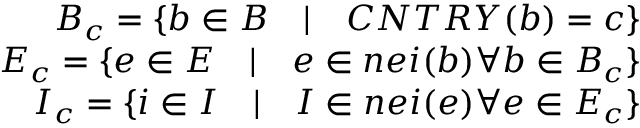
\begin{array} { r } { B _ { c } = \{ b \in B \quad | \quad C N T R Y ( b ) = c \} } \\ { \ E _ { c } = \{ e \in E \quad | \quad e \in n e i ( b ) \forall b \in B _ { c } \} } \\ { \ I _ { c } = \{ i \in I \quad | \quad I \in n e i ( e ) \forall e \in E _ { c } \} } \end{array}